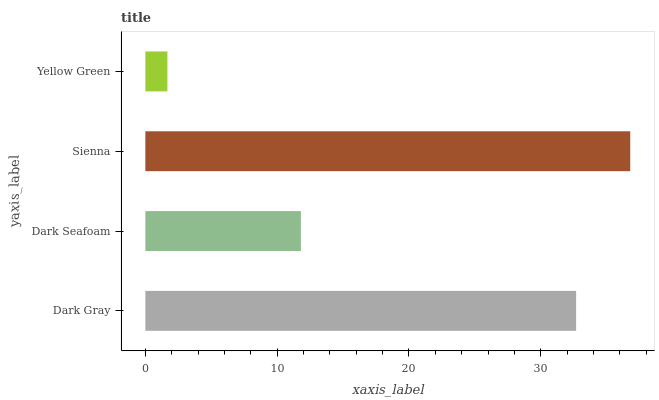
| yaxis_label | bars |
 | --- | --- |
 | Dark Gray | 32.7 |
 | Dark Seafoam | 11.8 |
 | Sienna | 36.8 |
 | Yellow Green | 1.67 |